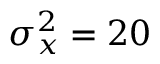
\sigma _ { x } ^ { 2 } = 2 0